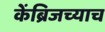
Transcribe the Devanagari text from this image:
केंब्रिजच्याच